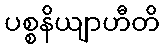
ပစ္စနိယျာဟီတိ